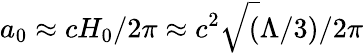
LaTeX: a_{0}\approx{cH_{0}}/{2\pi}\approx c^{2}\sqrt(\Lambda/3)/{2\pi}